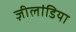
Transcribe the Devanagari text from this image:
ज़ीलांडिया